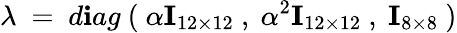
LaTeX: \lambda\ =\ d\mathbf{i}ag\ (\ \alpha{\mathbf{I}}_{12\times12}\ ,\ \alpha^{2}{\mathbf{I}}_{12\times12}\ ,\ {\mathbf{I}}_{8\times8}\ )